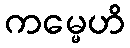
ကမ္မေဟိ